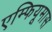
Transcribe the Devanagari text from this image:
एम्फियूमास